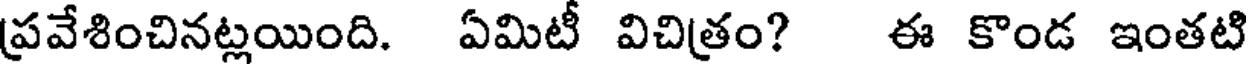
ప్రవేశించినట్లయింది. ఏమిటీ విచిత్రం? ఈ కొండ ఇంతటి